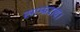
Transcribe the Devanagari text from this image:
साम्प्रदाय।